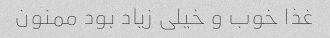
غذا خوب و خیلی زیاد بود ممنون